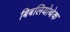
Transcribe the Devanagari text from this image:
बिबलियोथेक